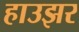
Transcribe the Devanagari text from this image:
हाउझर